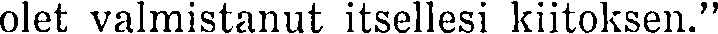
olet valmistanut itsellesi kiitoksen.''